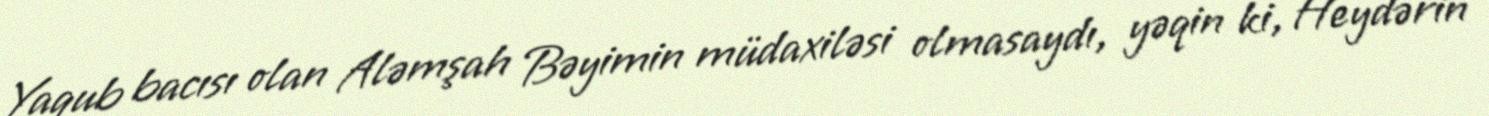
Yaqub bacısı olan Aləmşah Bəyimin müdaxiləsi olmasaydı, yəqin ki, Heydərin